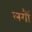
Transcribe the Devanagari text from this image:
लगौं